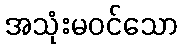
အသုံးမဝင်သော